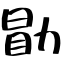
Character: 勖